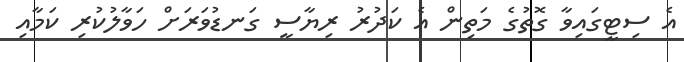
އެ ސިޓީގައިވާ ގޮތުގެ މަތިން އެ ކަދުރު ރިޔާސީ ގަނޑުވަރަށް ހަވާލުކުރި ކަމާއި